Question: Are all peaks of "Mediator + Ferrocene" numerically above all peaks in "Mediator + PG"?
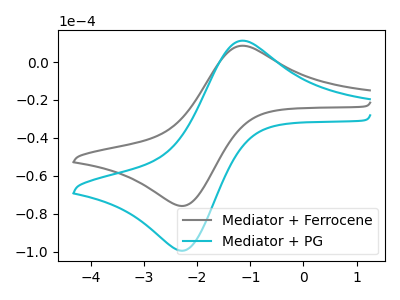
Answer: <think>The gray curve "Mediator + Ferrocene" has an anodic peak at (-1.15V, 8.60uA) and a cathodic peak at (-2.25V, -75.75uA). The cyan curve "Mediator + PG" has an anodic peak at (-1.15V, 11.25uA) and a cathodic peak at (-2.25V, -99.25uA).</think>
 <answer>Every peak in "Mediator + Ferrocene" is lower than every peak in "Mediator + PG".</answer>
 <eval>lower</eval>